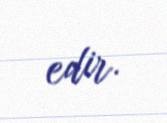
edir.